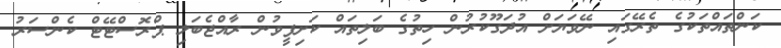
ކަންތައްތަކުގެ ތެރޭގައި ނޭވަޔަށް އުދަގޫކުރުން ހިތުގެ ބަލިތައް ކަށިފީވުން ރާއްޖެބަލި ޕްރޮސްޓޭޓް ކެންސަރު